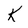
Character: K